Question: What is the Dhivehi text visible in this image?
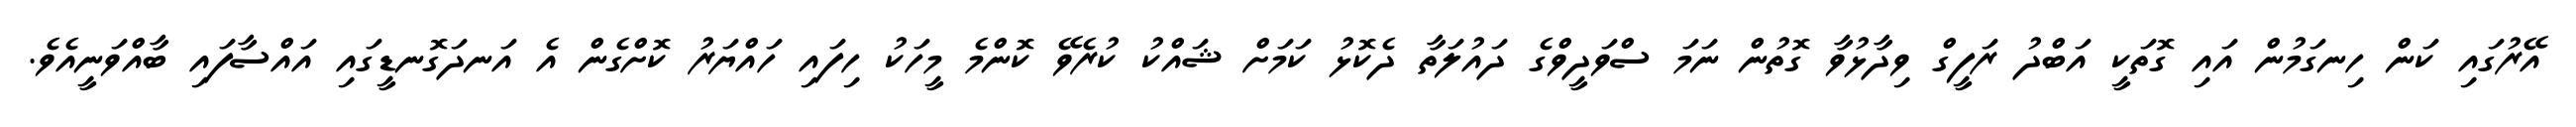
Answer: އޭރުގައި ކަން ހިނގަމުން އައި ގޮތަކީ އަބްދު ރަފީގް ވިދާޅުވާ ގޮތުން ނަމަ ސްވަދީވްގެ ދައުލަތާ ދެކޮޅު ކަމަށް ޝައްކު ކުރެވޭ ކޮންމެ މީހަކު ހިފައި ހައްޔަރު ކޮށްގެން އެ އަނދަގޮނޑީގައި އައްސާފައި ބާއްވަނީއެވެ.